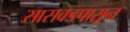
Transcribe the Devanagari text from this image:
सासवडपासून